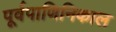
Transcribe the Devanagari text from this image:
पूर्वपाणिनिकाल